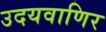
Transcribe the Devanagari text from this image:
उदयवाणिर